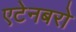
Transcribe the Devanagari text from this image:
एटेनबरो